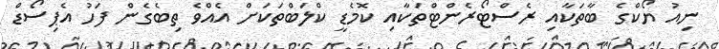
ނިއު ޔޯކްގެ ބާތަކާއި ރެސްޓޯރެންޓްތަކާއި ކޮމެޑީ ކްލަބްތަކަށް އެއްވެ ތިބެގެން ފަހު އެޕިސޯޑް